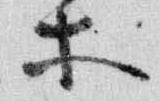
等